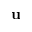
\textbf { u }